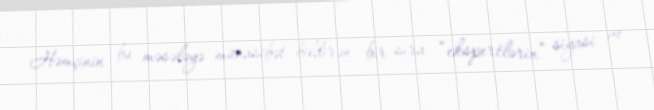
Həmçinin bu məsələyə münasibət bildirən bir sıra “ekspertlərin” siyasi ve